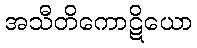
အသီတိကောဋိယော